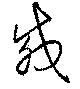
載